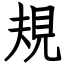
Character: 規